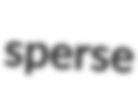
sperse